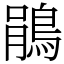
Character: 鵑